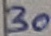
Text: 30